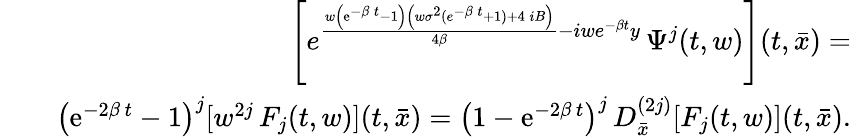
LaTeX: \begin{array}{rlr}&{}&{\left[{{e}^{{\frac{w\left({\mathrm{e}^{-\beta\, t}}-1\right)\left(w{\sigma}^{2}({{e}^{-\beta\, t}}+1)+4\, iB\right)}{4\beta}}-iwe^{-\beta t}y}}\, \Psi^{j}(t,w)\right](t,{\bar{x}})=}\\ &{}&{\left({\mathrm{e}^{-2\beta\, t}}-1\right)^{j}[w^{2j}\, F_{j}(t,w)](t,{\bar{x}})=\left(1-{\mathrm{e}^{-2\beta\, t}}\right)^{j}\, D_{{\bar{x}}}^{(2j)}[F_{j}(t,w)](t,{\bar{x}}).}\end{array}